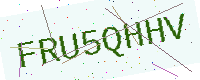
Text: FRU5QHHV